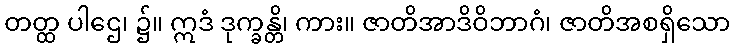
တတ္ထ ပါဌေ၊ ၌။ ဣဒံ ဒုက္ခန္တိ၊ ကား။ ဇာတိအာဒိဝိဘာဂံ၊ ဇာတိအစရှိသော